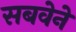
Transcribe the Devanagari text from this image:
सबवेने